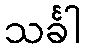
သင်္ခါ